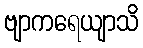
ဗျာကရေယျာသိ